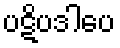
ပဋိပဒါပေ